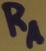
Text: RA